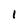
Character: l